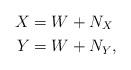
LaTeX: \begin{align*}X&=W+N_X \\Y&=W+N_Y,\end{align*}